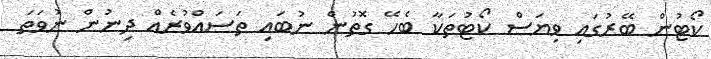
ކޯޓުން ބޭރުގައި ވިޔަސް ކޯޓުތަކާ ބެހޭ ގޮތުން ނުބައި ތަސައްވުރެއް ދިނުން ނުވަތަ